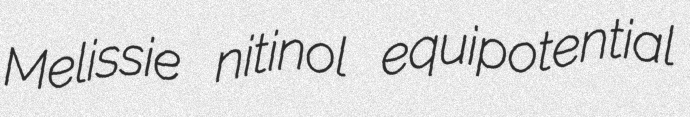
Melissie nitinol equipotential